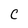
Character: C